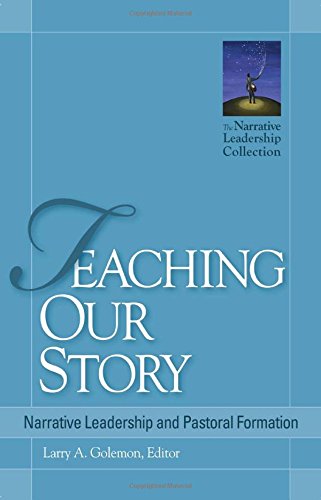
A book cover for Teaching Our Story: Narrative Leadership and Pastoral Formation (The Narrative Leadership Collection); Christian Books & Bibles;